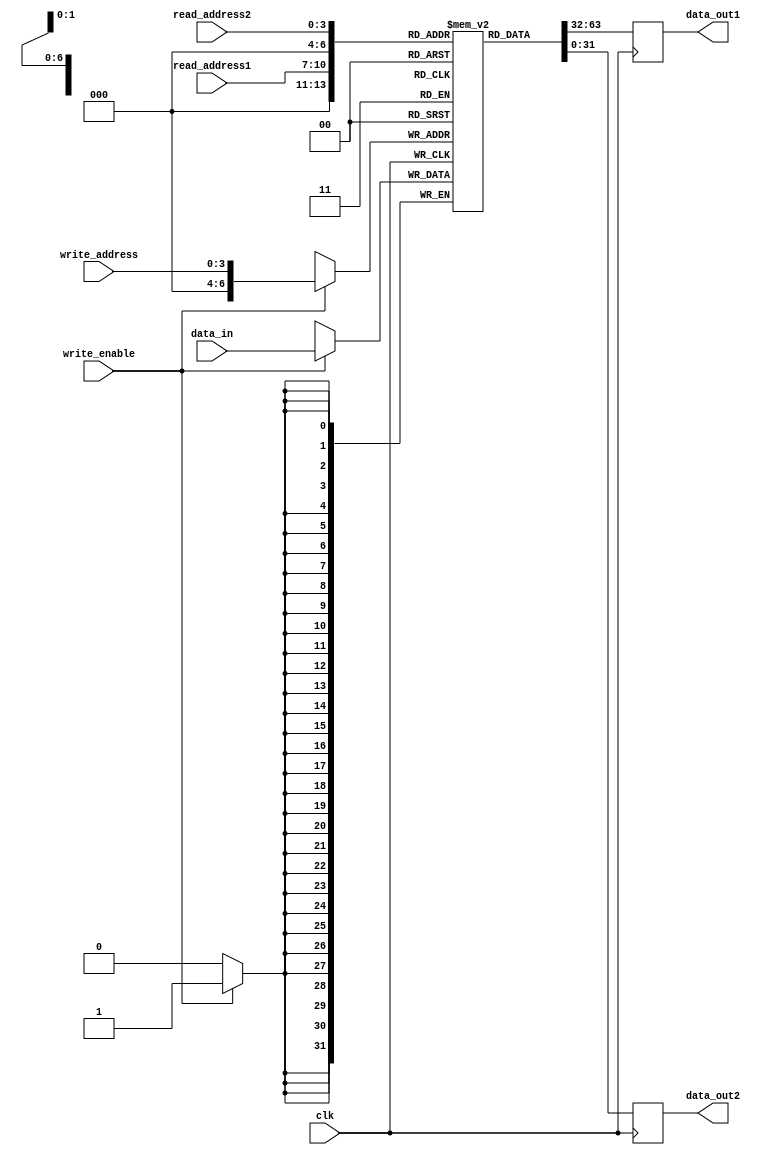
module Multiport_Register_File (
  input wire clk,
  input wire [3:0] read_address1,
  input wire [3:0] read_address2,
  input wire [3:0] write_address,
  input wire write_enable,
  input wire [31:0] data_in,
  output reg [31:0] data_out1,
  output reg [31:0] data_out2
);

reg [31:0] mem [0:15][0:7]; // 16 rows and 8 columns

always @ (posedge clk) begin
  if (write_enable) begin
    mem[write_address] <= data_in;
  end
  
  data_out1 <= mem[read_address1];
  data_out2 <= mem[read_address2];
end

endmodule